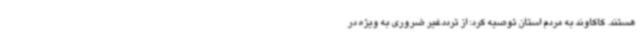
هستند. کاکاوند به مردم استان توصیه کرد: از ترددغیر ضروری به ویژه در